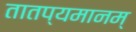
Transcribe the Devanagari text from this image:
तातप्यमानम्